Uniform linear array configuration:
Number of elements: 24
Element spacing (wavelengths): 1
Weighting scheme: hann
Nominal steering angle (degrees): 30
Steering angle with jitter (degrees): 31.433
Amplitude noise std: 0.05
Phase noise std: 0.05

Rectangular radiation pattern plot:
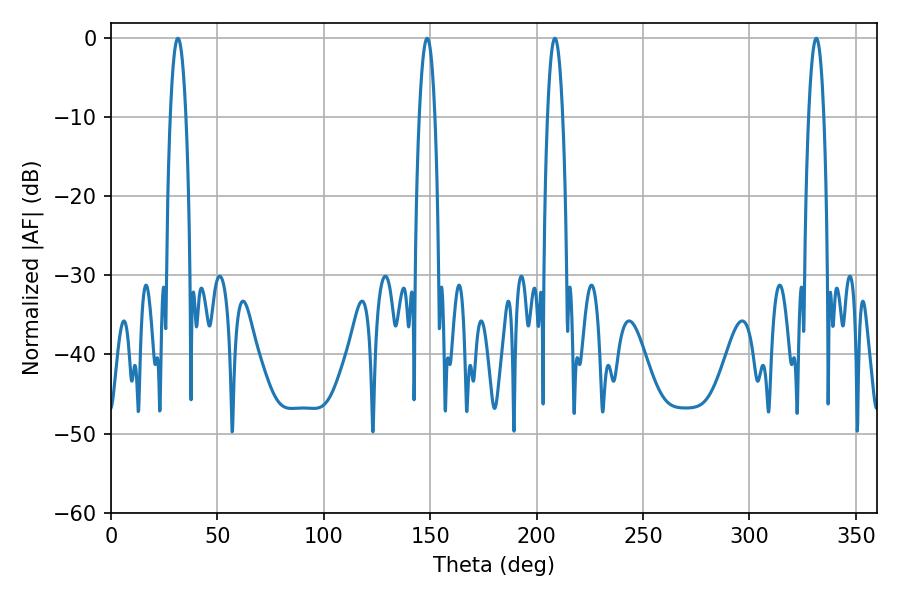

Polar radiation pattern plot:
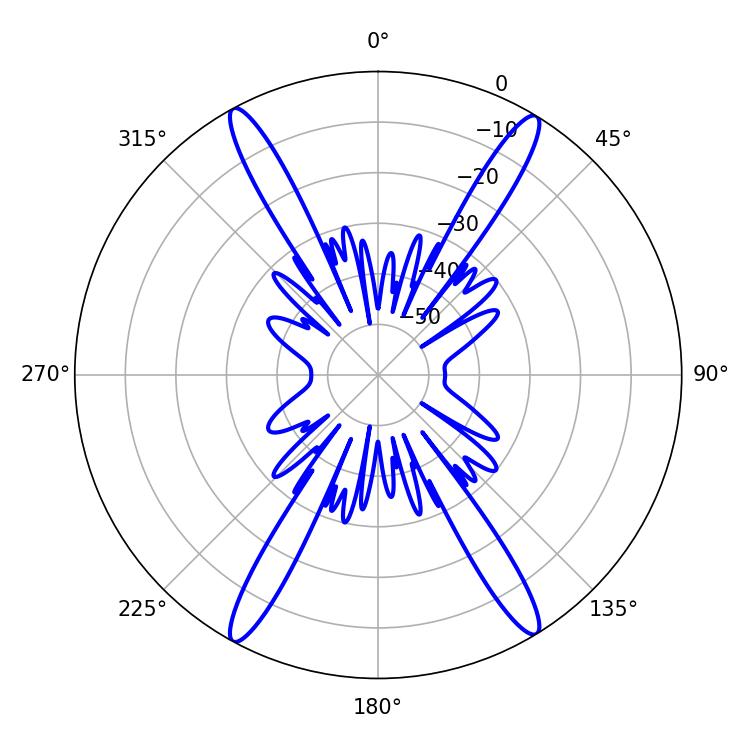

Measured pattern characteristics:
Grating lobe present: TRUE
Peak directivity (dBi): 23.547
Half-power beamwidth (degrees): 3.96
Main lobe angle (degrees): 208.62